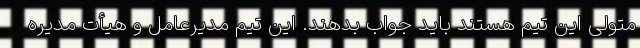
متولی این تیم هستند باید جواب بدهند. این تیم مدیرعامل و هیأت مدیره